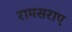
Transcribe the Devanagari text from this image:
रामसराए